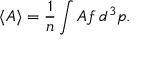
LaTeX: \langle A \rangle = { \frac { 1 } { n } } \int A f \, d ^ { 3 } p .